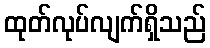
ထုတ်လုပ်လျက်ရှိသည်